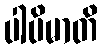
ပါပိမာတိ